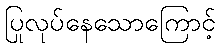
ပြုလုပ်နေသောကြောင့်